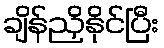
ချိန်ညှိနိုင်ပြီး